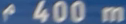
400m